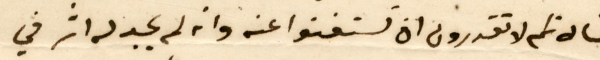
لنا لانكم لا تقدرون ان تستغنوا عنه وانه لم يجد له اثر في